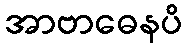
အာဗာဓေနပိ